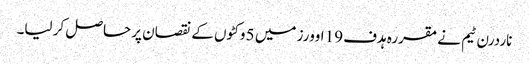
ناردرن ٹیم نے مقررہ ہدف 19 اوورز میں 5 وکٹوں کے نقصان پر حاصل کر لیا۔